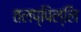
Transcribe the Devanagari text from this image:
तलप्पिल्लि